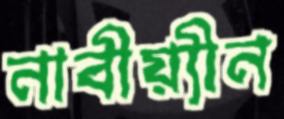
নাবীয়্যীন